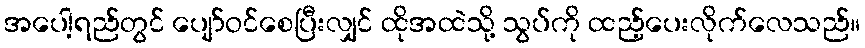
အပေါ့ရည်တွင် ပျော်ဝင်စေပြီးလျှင် ထိုအထဲသို့ သွပ်ကို ထည့်ပေးလိုက်လေသည်။